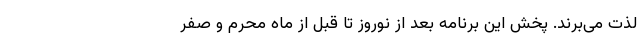
لذت می‌برند. پخش این برنامه بعد از نوروز تا قبل از ماه محرم و صفر